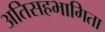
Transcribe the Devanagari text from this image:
अतिसहभागिता